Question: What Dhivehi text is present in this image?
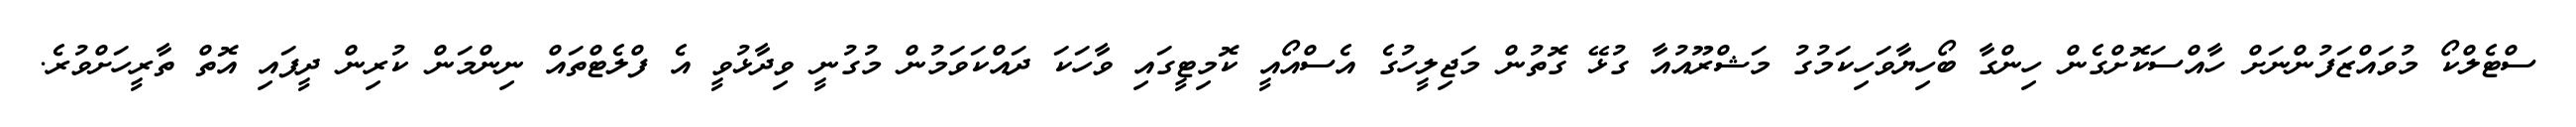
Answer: ސްޓެލްކޯ މުވައްޒަފުންނަށް ހާއްސަކޮށްގެން ހިންގާ ބޯހިޔާވަހިކަމުގު މަޝްރޫއުއާ ގުޅޭ ގޮތުން މަޖިލީހުގެ އެސްއޯއީ ކޮމިޓީގައި ވާހަކަ ދައްކަވަމުން މުގުނީ ވިދާޅުވީ އެ ފްލެޓްތައް ނިންމަން ކުރިން ދީފައި އޮތް ތާރީހަށްވުރެ.